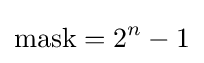
{\text{mask}}=2^{n}-1